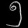
Digit: ၅